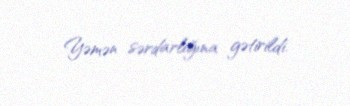
Yəmən sərdarlığına gətirildi.